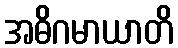
အဓိဂမာယာတိ